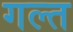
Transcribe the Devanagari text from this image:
गल्त